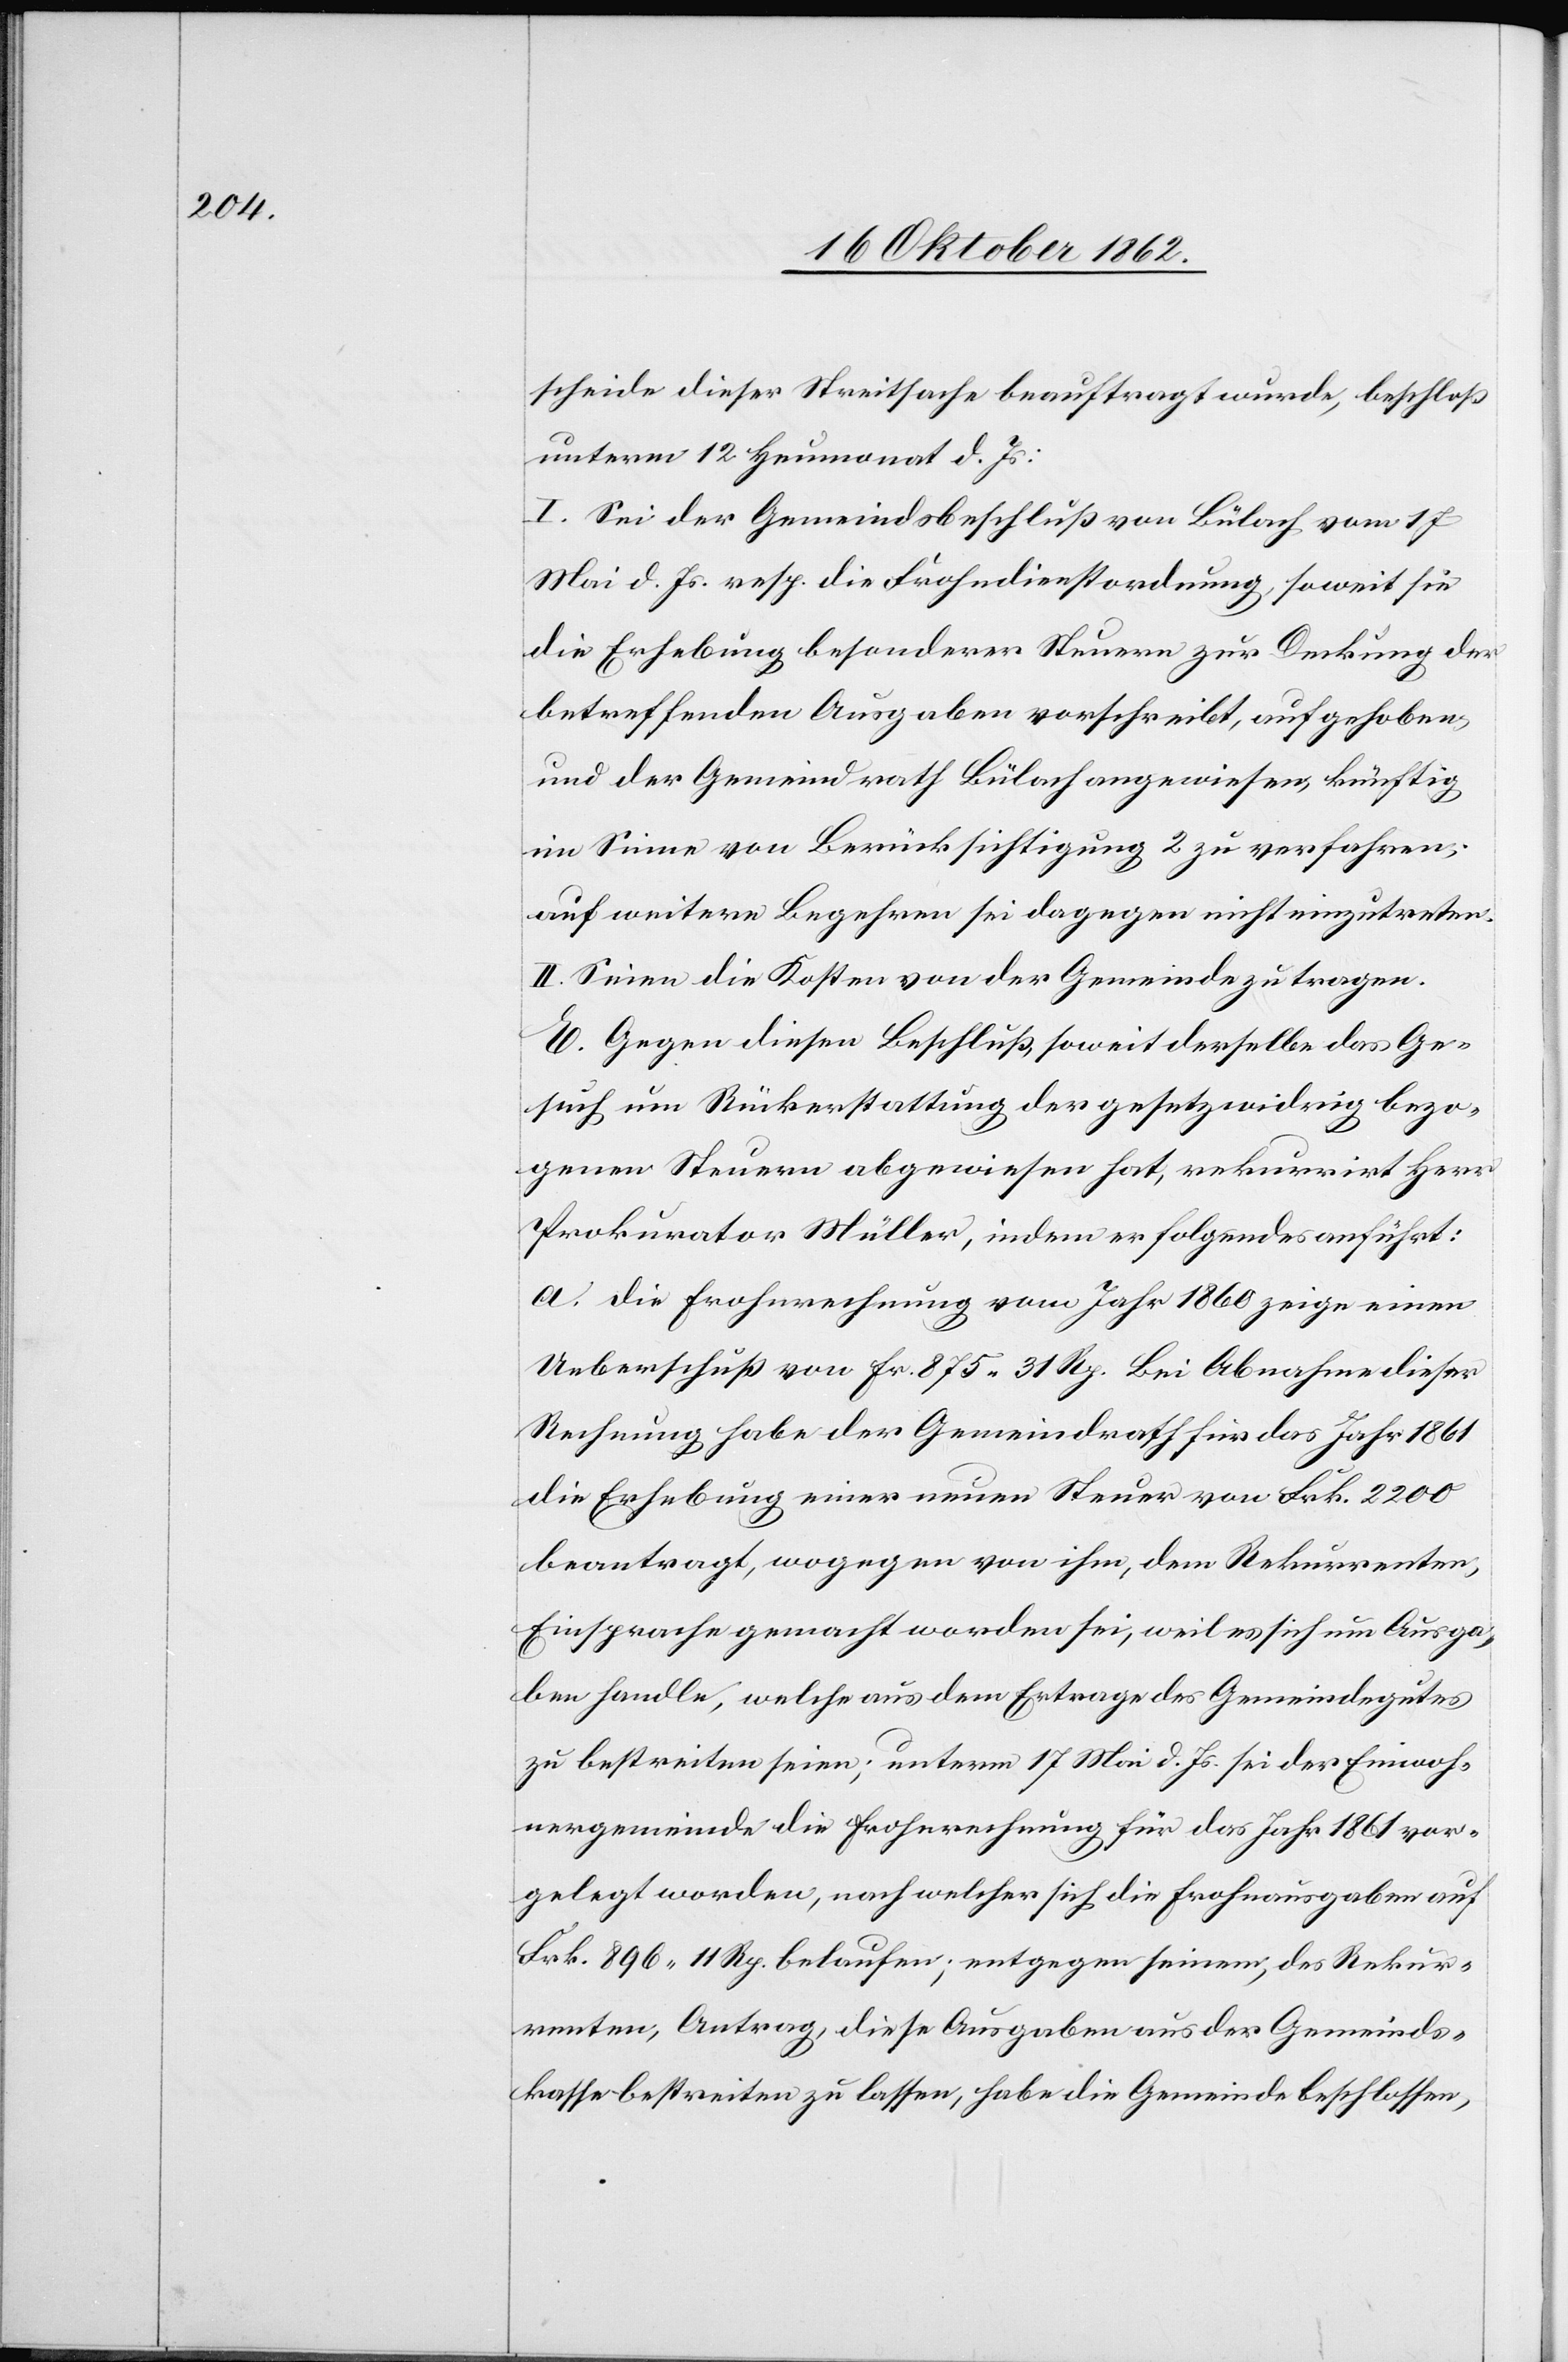
scheide dieser Streitsache beauftragt wurde, beschloß
unterm 12. Heumonat d. Js:
I. Sei der Gemeindsbeschluß von Bülach vom 17.
Mai d. Js. resp. die Frohndienstordnung, soweit sie
die Erhebung besonderer Steuern zur Deckung der
betreffenden Ausgaben vorschreibt, aufgehoben,
und der Gemeindrath Bülach angewiesen, künftig
im Sinne von Berücksichtigung 2 zu verfahren,
auf weitere Begehren sei dagegen nicht einzutreten.
II. Seien die Kosten von der Gemeinde zu tragen.
Gesuch um Rückerstattung der gesetzwidrig bezo¬
genen Steuern abgewiesen hat, rekurrirt Herr
Prokurator Müller, indem er folgendes anführt:
a. Die Frohnrechnung vom Jahr 1860 zeige einen
Ueberschuß von fr. 875 31 Rp. Bei Abnahme dieser
Rechnung habe der Gemeindrath für das Jahr 1861
die Erhebung einer neuen Steuer von Frk. 2200
beantragt, wogegen von ihm, dem Rekurrenten,
Einsprache gemacht worden sei, weil es sich um Ausga¬
ben handle, welche aus dem Ertrage des Gemeindegutes
zu bestreiten seien; unterm 17. Mai d. Js. sei der Einwoh¬
nergemeinde die Frohnrechnung für das Jahr 1861 vor¬
gelegt worden, nach welcher sich die Frohnausgaben auf
Frk. 896 11 Rp. belaufen; entgegen seinem, des Rekur¬
renten, Antrag, diese Ausgaben aus der Gemeinds¬
kasse bestreiten zu lassen, habe die Gemeinde beschlossen,